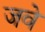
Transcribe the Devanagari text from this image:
जवे